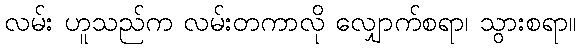
လမ်း ဟူသည်က လမ်းတကာလို လျှောက်စရာ၊ သွားစရာ။